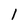
Character: l